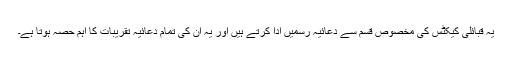
یہ قبائلی کیکٹس کی مخصوص قسم سے دعائیہ رسمیں ادا کرتے ہیں اور یہ ان کی تمام دعائیہ تقریبات کا اہم حصّہ ہوتا ہے۔